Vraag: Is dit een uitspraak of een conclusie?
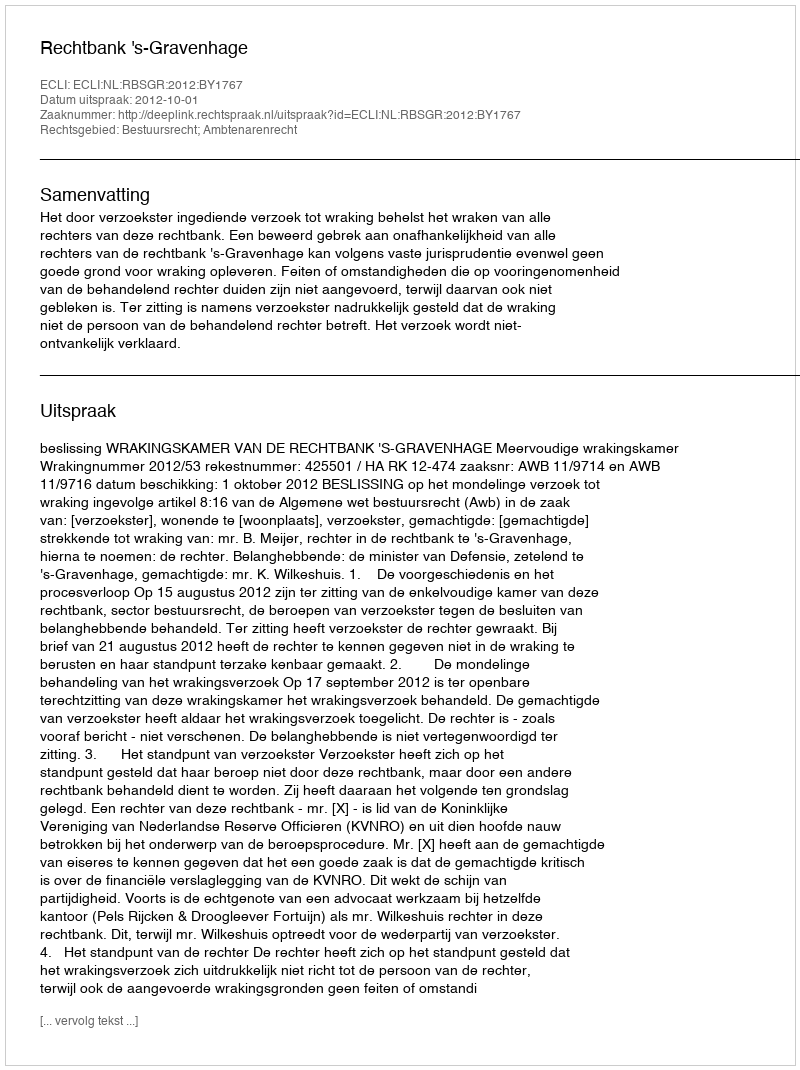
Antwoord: Uitspraak